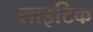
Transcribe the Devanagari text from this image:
लाइटिक